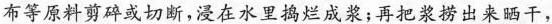
布等原料剪碎或切断，浸在水里捣烂成浆；再把浆捞出来晒干，